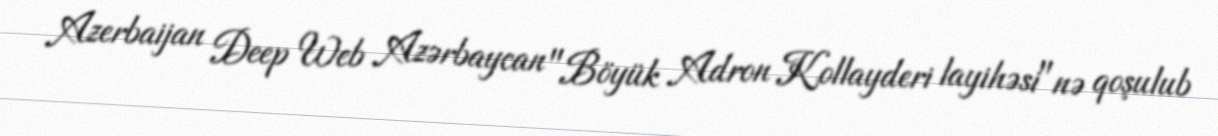
Azerbaijan Deep Web Azərbaycan "Böyük Adron Kollayderi layihəsi"nə qoşulub